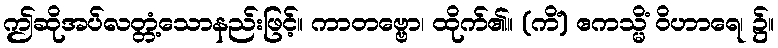
ဤဆိုအပ်လတ္တံ့သောနည်းဖြင့်။ ကာတဗ္ဗော၊ ထိုက်၏။ (ကိံ) ဧကသ္မိံ ဝိဟာရေ၊ ၌။